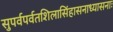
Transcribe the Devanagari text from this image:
सुपर्वपर्वतशिलासिंहासनाध्यासनाः